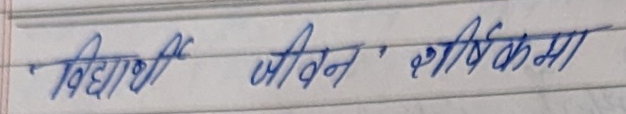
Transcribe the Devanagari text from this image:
विद्यार्थी जीवन शीर्षकमा